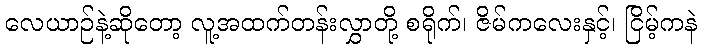
လေယာဉ်နဲ့ဆိုတော့ လူ့အထက်တန်းလွှာတို့ စရိုက်၊ ဇိမ်ကလေးနှင့်၊ ငြိမ့်ကနဲ